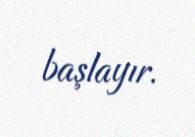
başlayır.